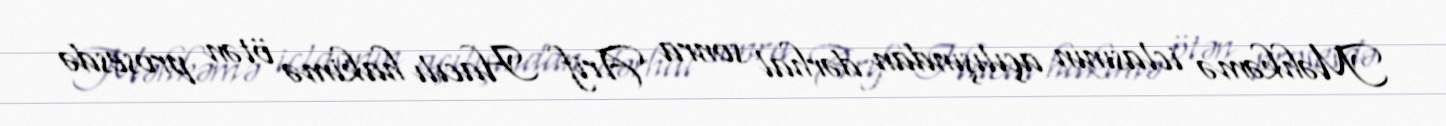
Məhkəmə iclasının açılışından dərhal sonra Arif Hacılı hakimə ötən prosesdə